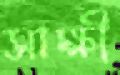
সাক্ষী